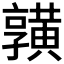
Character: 𪏆